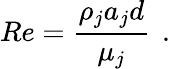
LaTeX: Re=\frac{\rho_{j}a_{j}d}{\mu_{j}}\, \mathrm{~.~}